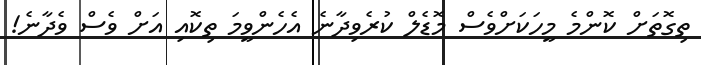
ތިގޮތަށް ކޮންމެ މީހަކަށްވެސް މޮޑެލް ކުރެވިދާނެ އެހެންވީމަ ތިކޮއި އަށް ވެސް ވެދާނެ!